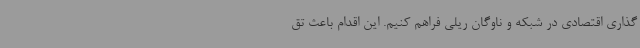
گذاری اقتصادی در شبکه و ناوگان ریلی فراهم کنیم. این اقدام باعث تق